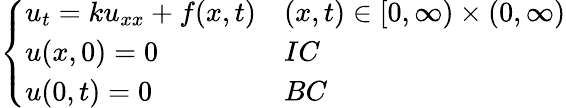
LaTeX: \left\{ \begin{array}{ll}{u_{t}=ku_{xx}+f(x,t)}&{(x,t)\in[0,\infty)\times(0,\infty)}\\ {u(x,0)=0}&{IC}\\ {u(0,t)=0}&{BC}\end{array}\right.